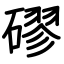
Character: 磟